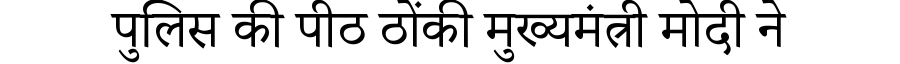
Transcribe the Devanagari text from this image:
पुलिस की पीठ ठोंकी मुख्यमंत्री मोदी ने